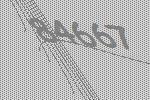
84667